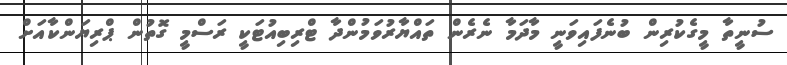
ސުނީތާ މީގެކުރިން ބުނެފައިވަނީ މާދަމާ ނެރެން ތައްޔާރުވަމުންދާ ޓްރިބިއުޓަކީ ރަސްމީ ގޮތުން ޕްރިޔަންކާއަށް